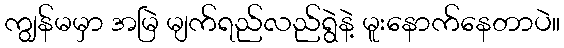
ကျွန်မမှာ အမြဲ မျက်ရည်လည်ရွဲနဲ့ မူးနောက်နေတာပဲ။